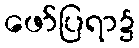
ဖော်ပြရာ၌